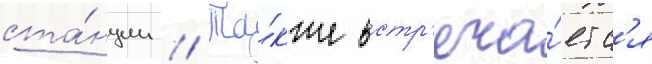
ста́нции // Та́кже встр'еча́етс'я